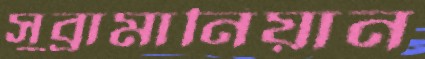
সুব্রামানিয়ান